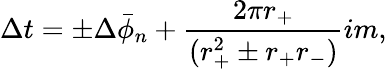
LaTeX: \Delta t=\pm\Delta\bar{\phi}_{n}+{\frac{2\pi r_{+}}{(r_{+}^{2}\pm r_{+}r_{-})}}im,